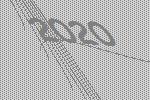
2020